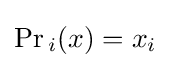
\Pr {}_{i}(x)=x_{i}